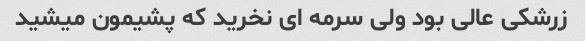
زرشکی عالی بود ولی سرمه ای نخرید که پشیمون میشید